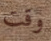
وقت